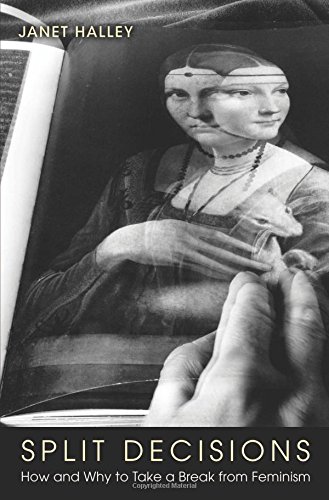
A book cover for Split Decisions: How and Why to Take a Break from Feminism; Janet Halley; Gay & Lesbian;